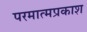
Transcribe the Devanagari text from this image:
परमात्मप्रकाश